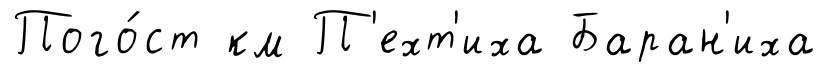
Пого́ст км П'ехт'иха Баран'иха